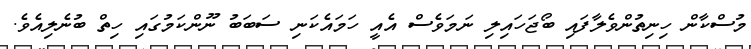
މުސްކާން ހިނިތުންވެލާފައި ބޯޖަހައިލި ނަމަވެސް އެއީ ހަމައެކަނި ސަބަބު ނޫންކަމުގައި ހިތް ބުނެލިއެވެ.